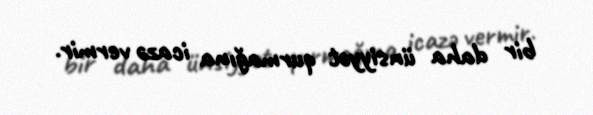
bir daha ünsiyyət qurmağına icazə vermir.